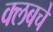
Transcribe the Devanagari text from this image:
क्‍लबचे